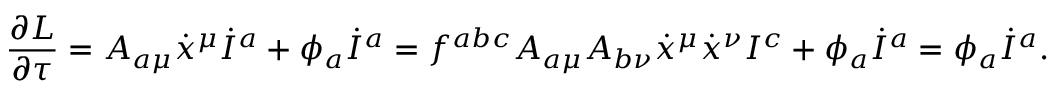
\frac { \partial L } { \partial \tau } = A _ { a \mu } \dot { x } ^ { \mu } \dot { I } ^ { a } + \phi _ { a } \dot { I } ^ { a } = f ^ { a b c } A _ { a \mu } A _ { b \nu } \dot { x } ^ { \mu } \dot { x } ^ { \nu } I ^ { c } + \phi _ { a } \dot { I } ^ { a } = \phi _ { a } \dot { I } ^ { a } .